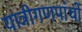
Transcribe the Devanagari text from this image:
यात्रीगणपांचों